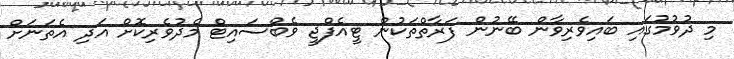
މި ދުވުމުގައި ބައިވެރިވާން ބޭނުން ފަރާތްތަކުން ޓީއެފްޖީ ވެބްސައިޓް މެދުވެރިކޮށް އަދި އެތަނަށް